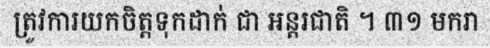
ត្រូវការយកចិត្តទុកដាក់ ជា អន្តរជាតិ ។ ៣១ មករា